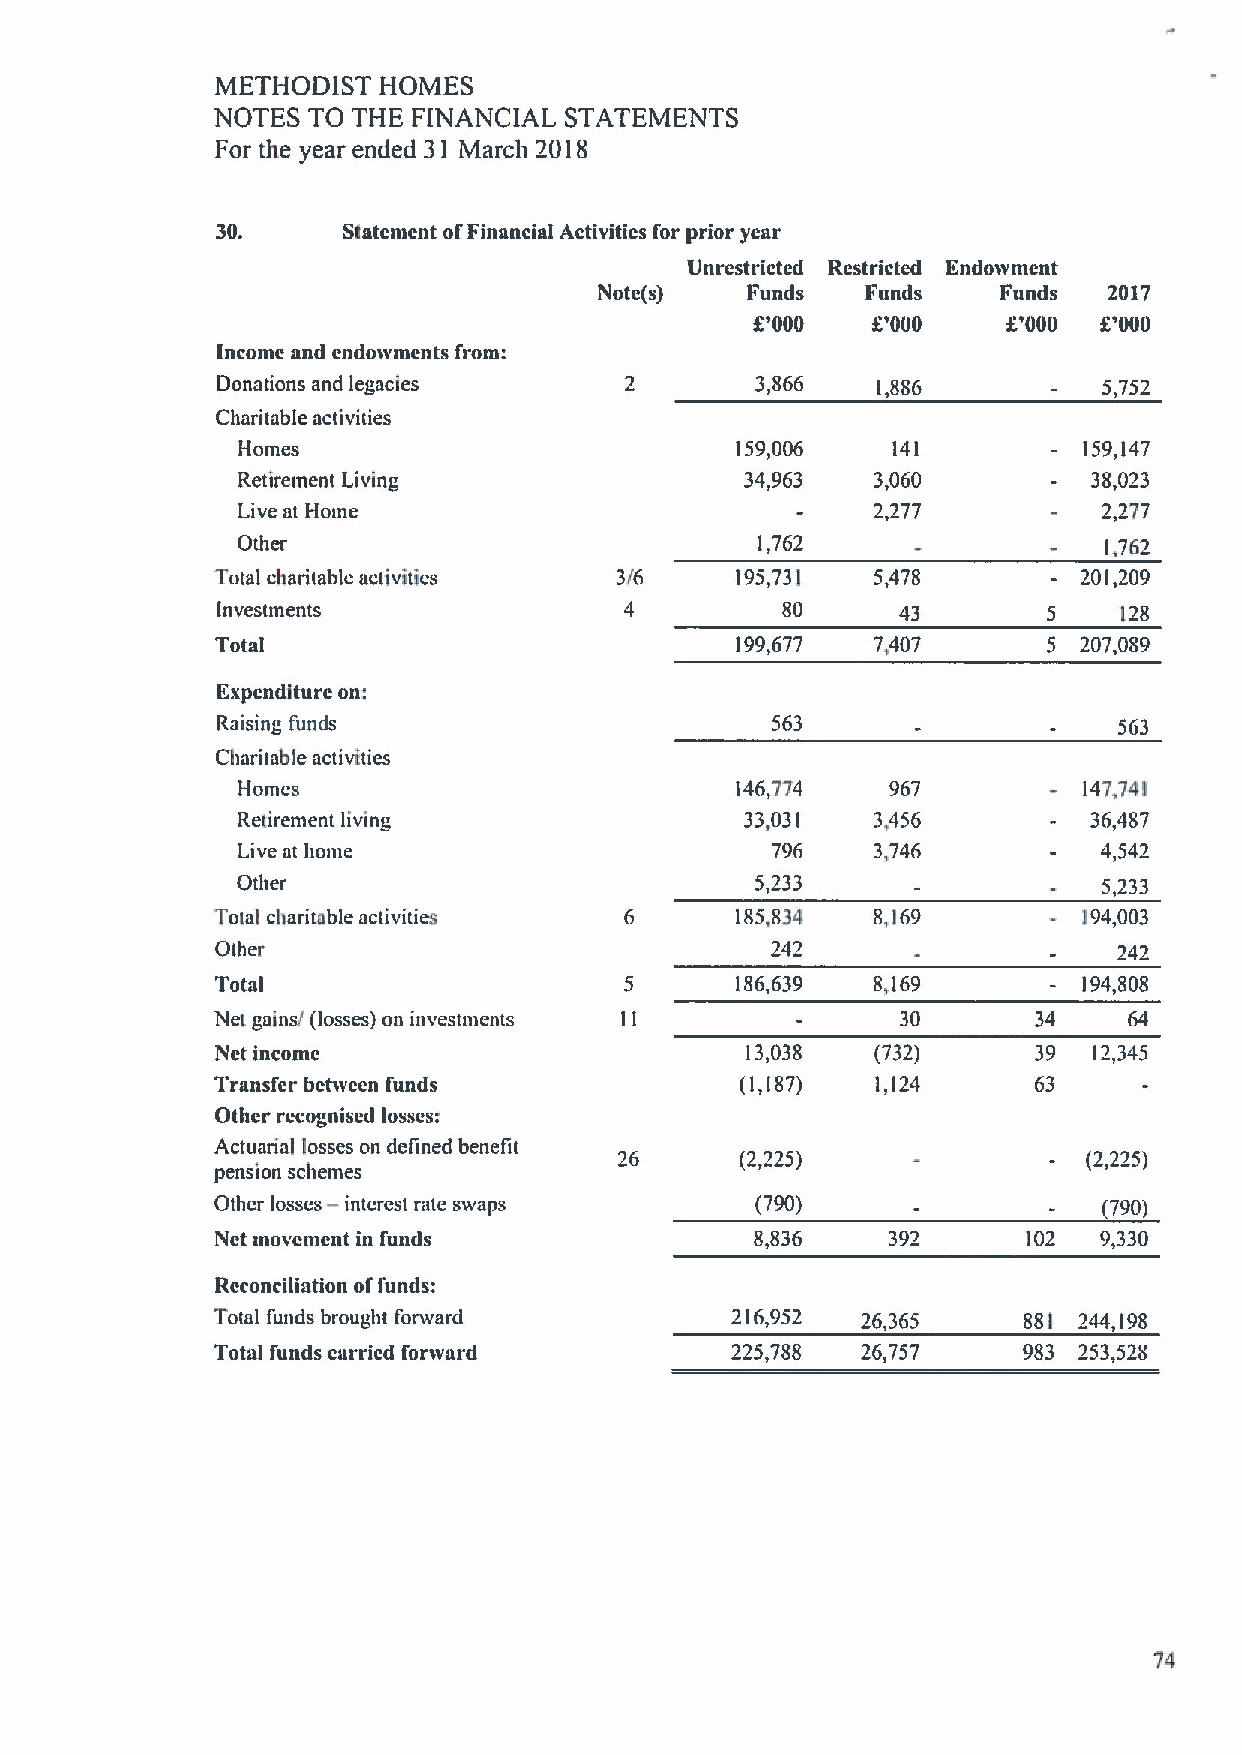
METHODIST  HOMES
 NOTES TO THE FINANCIAL STATEMENTS
 For the year ended 31 March 2018
 30.      Statement ofFinancial Activities for prior year
 Unrestricted Restricted Endowment
 Note(s)  Funds   Funds    Funds  2017
 f       f
 '000    '000    K'000 g'000
 Income and cndowmcnts from:
 13onations and legacies             3,866   1,886          5,752
 Charitable activities
 Homes                            159,006   141          159,147
 Retirement Living                34,963   3,060         38,023
 Live at Home                              2,277          2,277
 Other                             1,762                  1,762
 Total charitable activities 3/6    195,731  5,478         201,209
 Investments                4          80      43       5    128
 Total                              199,677  7,407      5  207,089
 Expcnditurc on:
 Raising funds                        563                    563
 Charitable activities
 Homes                            146,774   967          147,741
 Retirement living                33,031   3,456         36,487
 Live at home                       796    3,746          4,542
 Other                             5,233                  5 ')33
 Total charitable activities        185,834  8,169         194,003
 Other                                242                    242
 Total                              186,639  8,169         194,808
 Net gains/ (losses) on investments            30       34    64
 Nct income                         13,038   (732)      39 12,345
 Transfer between funds             (1,187)  1,124      63
 Other recognised losscsi
 Actuarial losses on defined benefit
 26      (2,225)                (2,225)
 pension schemes
 —
 Other losses interest rate swaps    (790)                  (790)
 Nct movement in funds               8,836    392      102  9,330
 Reconciliation offunds:
 Total funds brought forward       216,952  26,365     881 244,198
 Total funds carried forvvard      225,788  26,757     983 253,528
 74